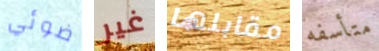
ضوئي غير مقابلها متأسفه